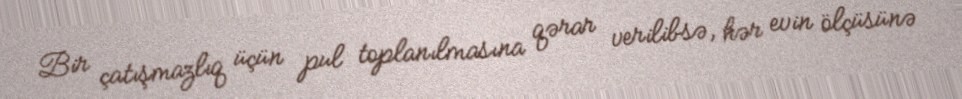
Bir çatışmazlıq üçün pul toplanılmasına qərar verilibsə, hər evin ölçüsünə